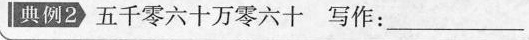
典例 五千零六十万零六十 写作：___